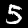
Digit: 5